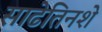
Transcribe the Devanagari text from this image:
साढेतिनशे